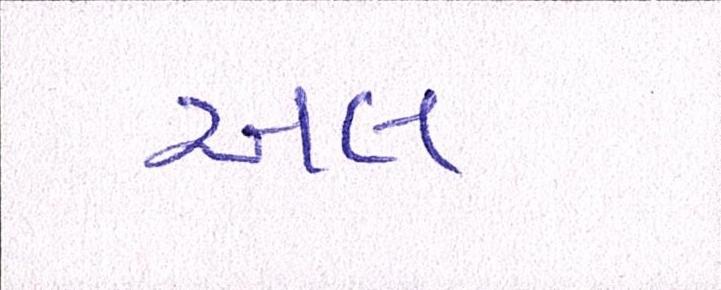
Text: અલ